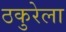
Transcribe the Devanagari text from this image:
ठकुरेला